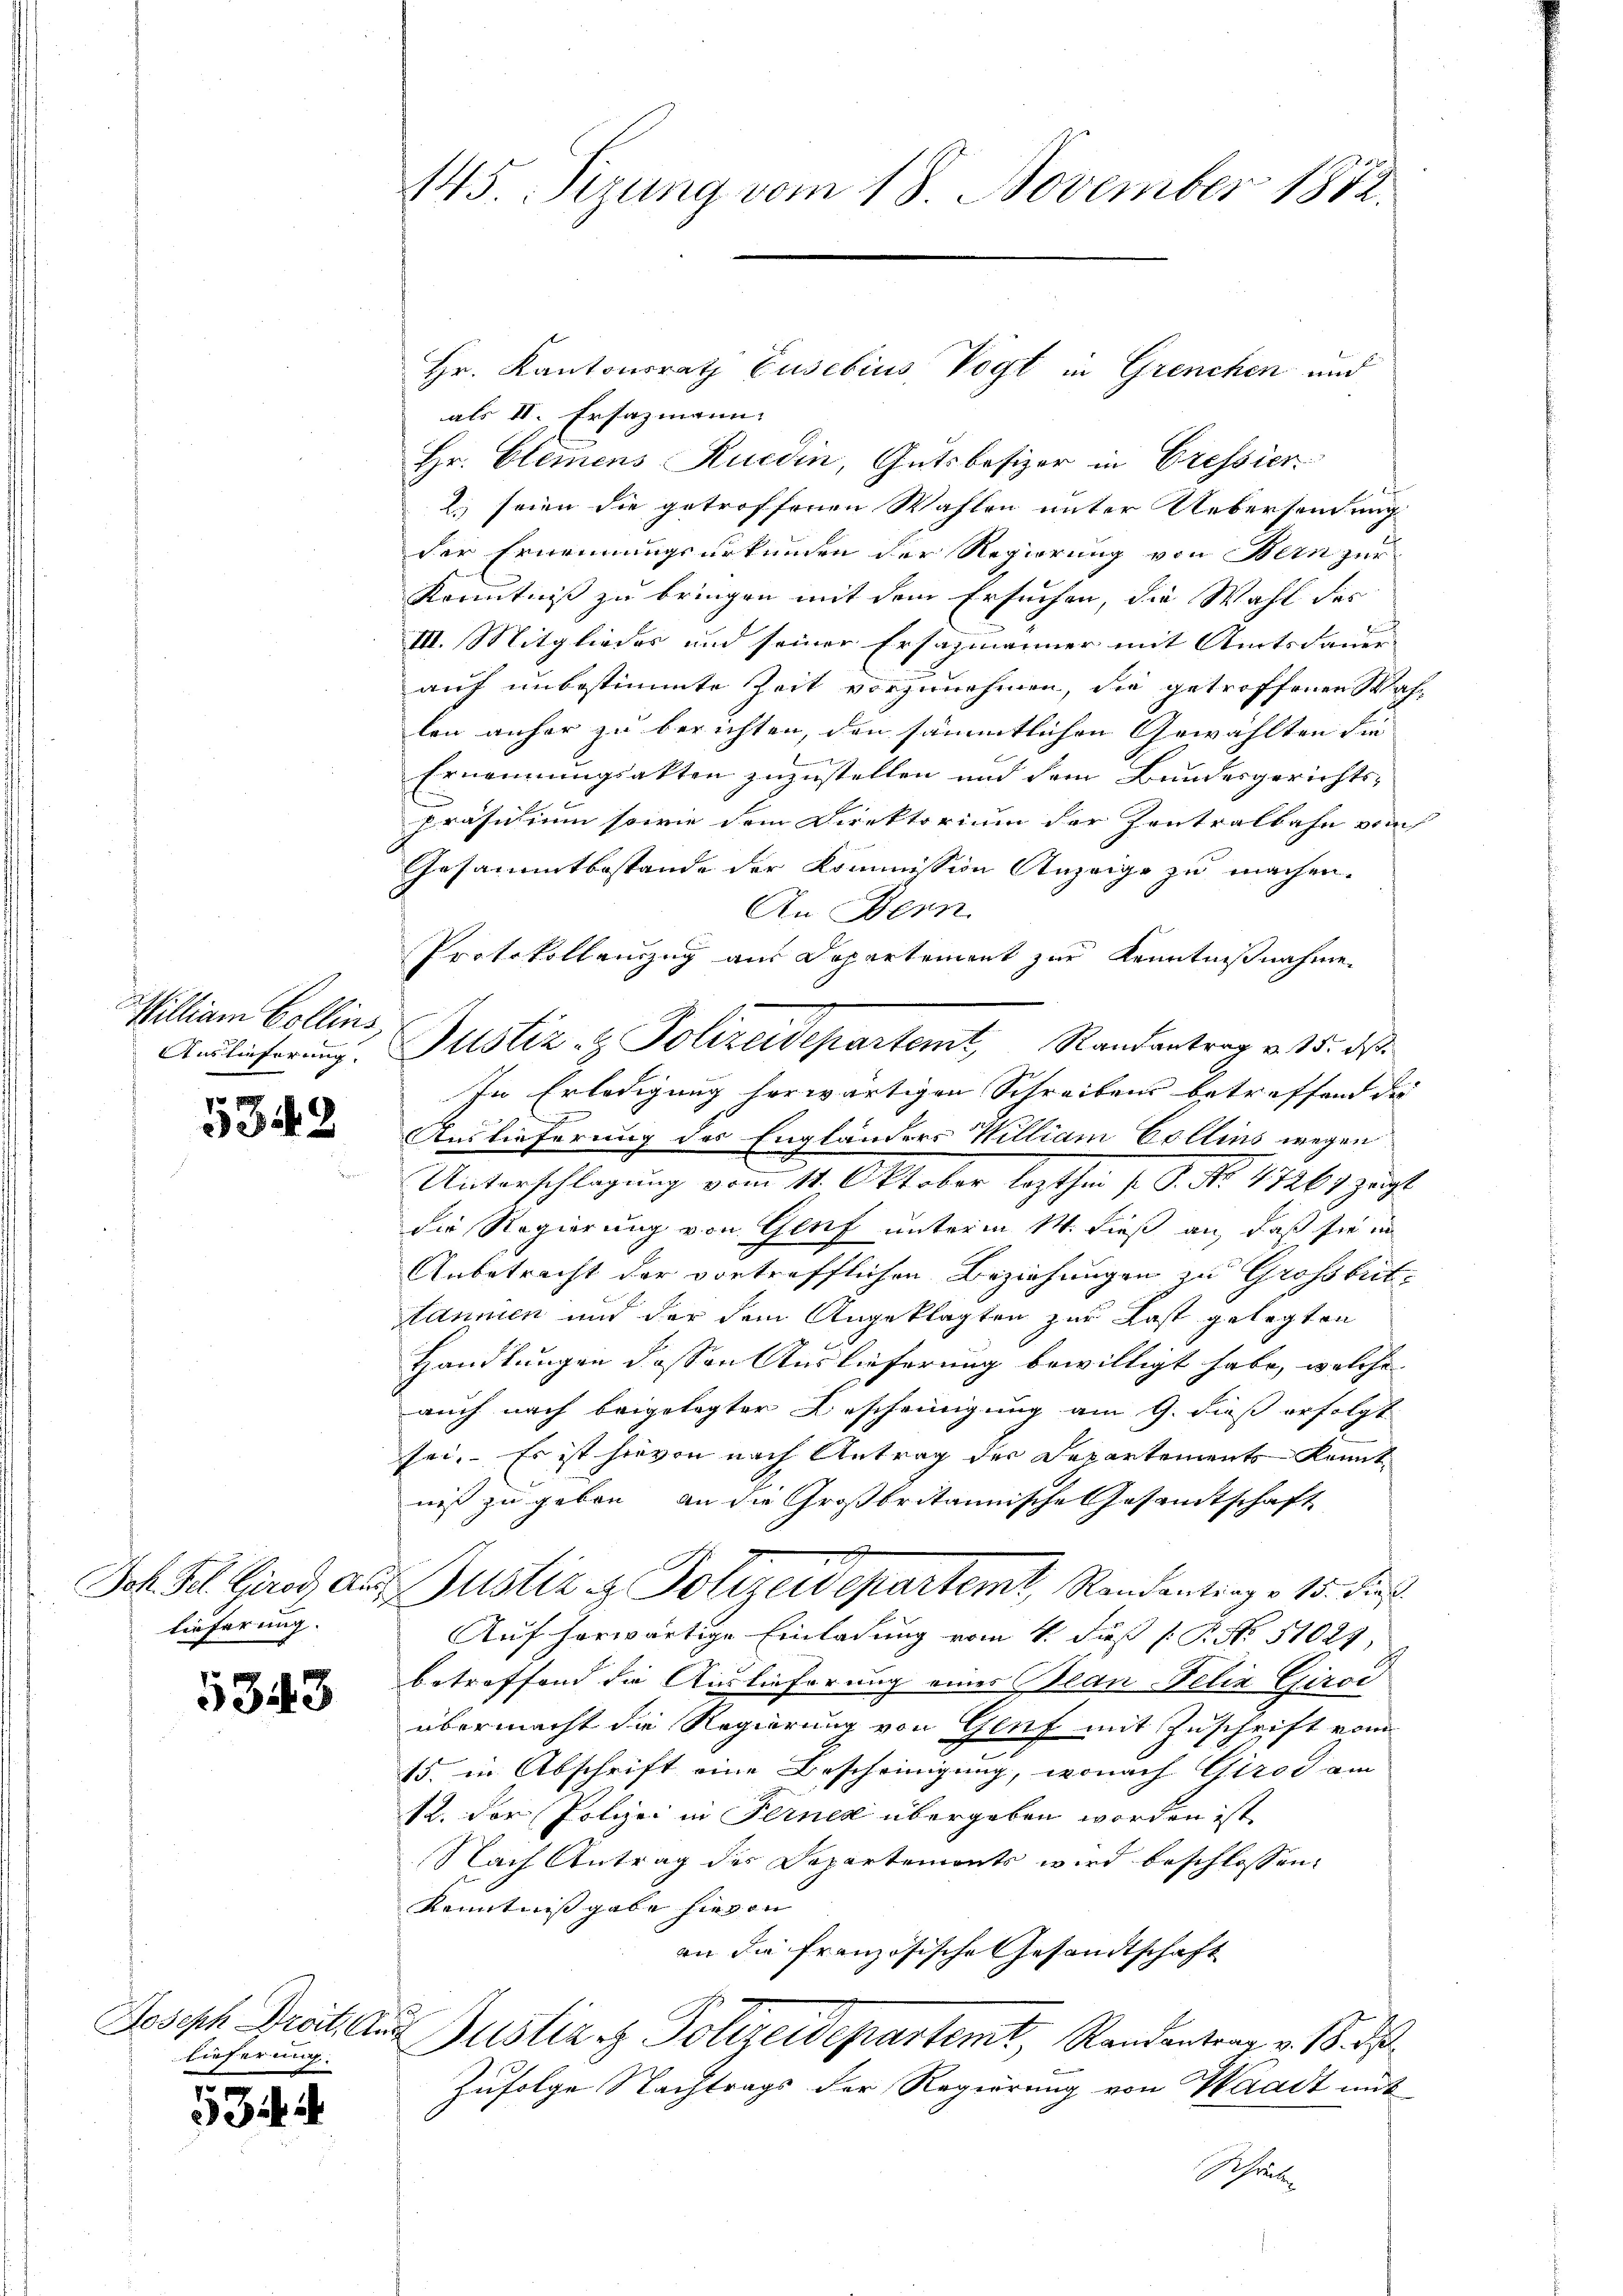
Milliam Collins
Auslieferung.

5342

Joh. Fel. Girod Ausz
tieferung.

5343

Joseph Droit. An
lieferung

1

145. Sizung vom 18 November 1882.

als II. Ersazmann.
Hr. Clemens Kucdin, Gutsbesizer in Cressier
2.) seien die getroffenen Wahlen unter Uebersendung
der Ernennungsurkunden der Regierung von Bern zur
Kenntniß zu bringen mit dem Ersuchen, die Wahl des
III. Mitgliedes und seiner Ersazmänner mit Amtsdauer-
auf unbestimmte Zeit vorzunehmen, die getroffenen Wahlen anher zu berichten, den sämmtlichen Gewählten die
Ernennungsakten zuzustellen und dem Bundesgerichts-
Präsidium sowie dem Direktorium der Kontralbahn vo
Gesammtbestande der Kommission Anzeige zu machen.
An Bern
Protokollenzug aus Departement zur Kenntnißnahme
In Erledigung herwärtigen Schreibens betreffend die
Auslieferung des Engländers William Collins wegen
Unterschlagung vom 11. Oktober lezthin s. S. No. 47267 zeigt
die Regierung von Genf unterm 14. dieß an, daß sie in
Anbetracht der vortrefflichen Beziehungen zu Grossbrittaumen und der dem Angeklagten zur Last gelegten
Handlungen dessen Auslieferung bewilligt habe, welche
auch nach beigelegter Bescheinigung am 9. dieß erfolgt
sei. Es ist hievon nach Antrag der Departements kannt
niß zu geben, an die Großbritannische Gesandtschaft
e
Justiz & Polizeidepartem Randantrag v. 15. dies
Auf herwärtige Einladung vom 4. Fuß [ P. No. 51027,
betreffend die Auslieferung eines Blan Felix Giroc
übermacht die Regierung von Genf mit Zuschrift vom
15. in Abschrift eine Bescheinigung, wonach Girod am
12. der Polizei in Ferner übergeben worden ist.
Nach Antrag des Departements wird beschlossen:
Kenntnis gabe hievon
an die französische Gesandtschaft
.
i
Justiz & Polizeidepartemt, Randantrag v. M. d
Zufolge Nachtrags der Regierung von Waadt mit
 theil

Justiz- & Polizeidepartemt, Randantrag v. 15. ds.

Hr. Kantonsrath Gusebius Vogt in Grenchen und